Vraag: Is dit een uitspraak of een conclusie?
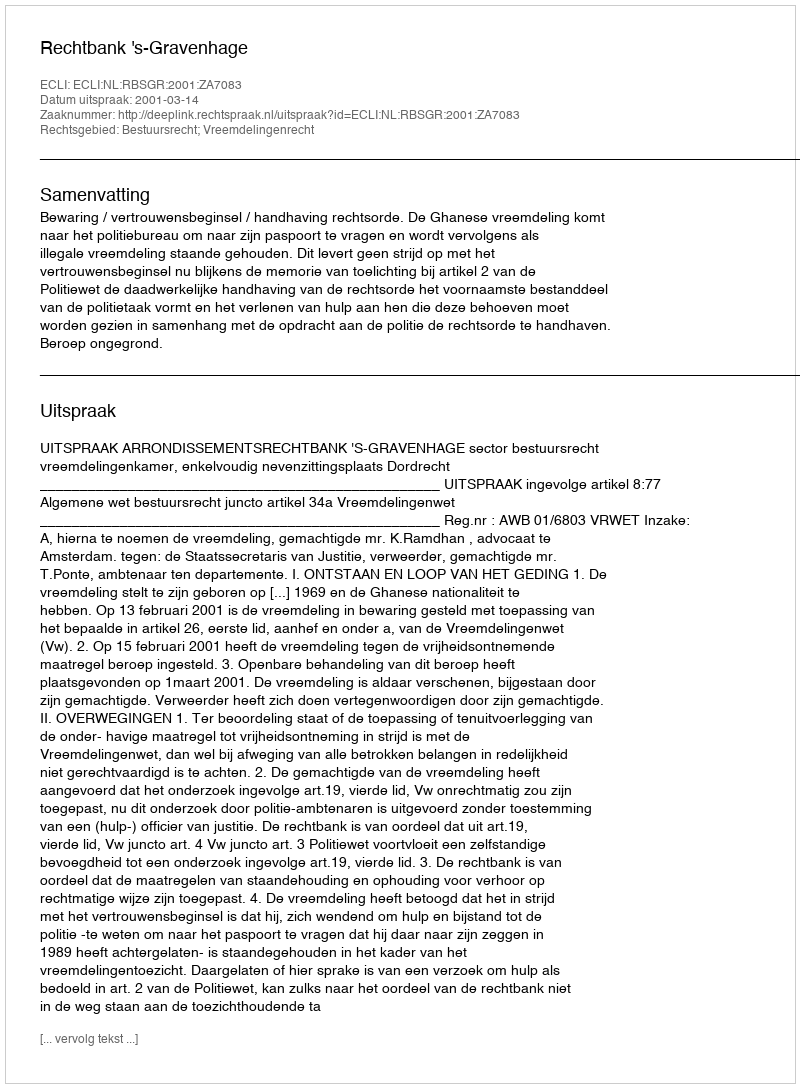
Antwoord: Uitspraak